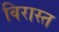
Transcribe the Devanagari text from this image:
विरास्त